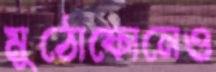
মুঠোফোনেও